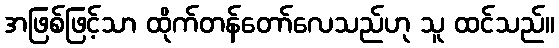
အဖြစ်ဖြင့်သာ ထိုက်တန်တော်လေသည်ဟု သူ ထင်သည်။